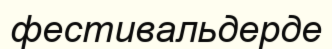
фестивальдерде